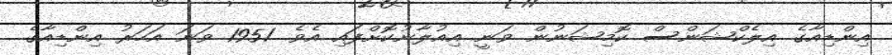
އިންޑިއާގެ އިލެކްޝަންސް ކޮމިޝަނުން ވަނީ އިއުލާނުކޮށްފައި އެވެ. 1951 ވަނަ އަހަރު އިންޑިއާގެ